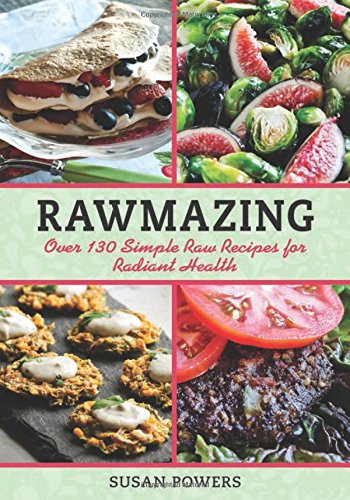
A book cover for Rawmazing: Over 130 Simple Raw Recipes for Radiant Health; Susan Powers; Cookbooks, Food & Wine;